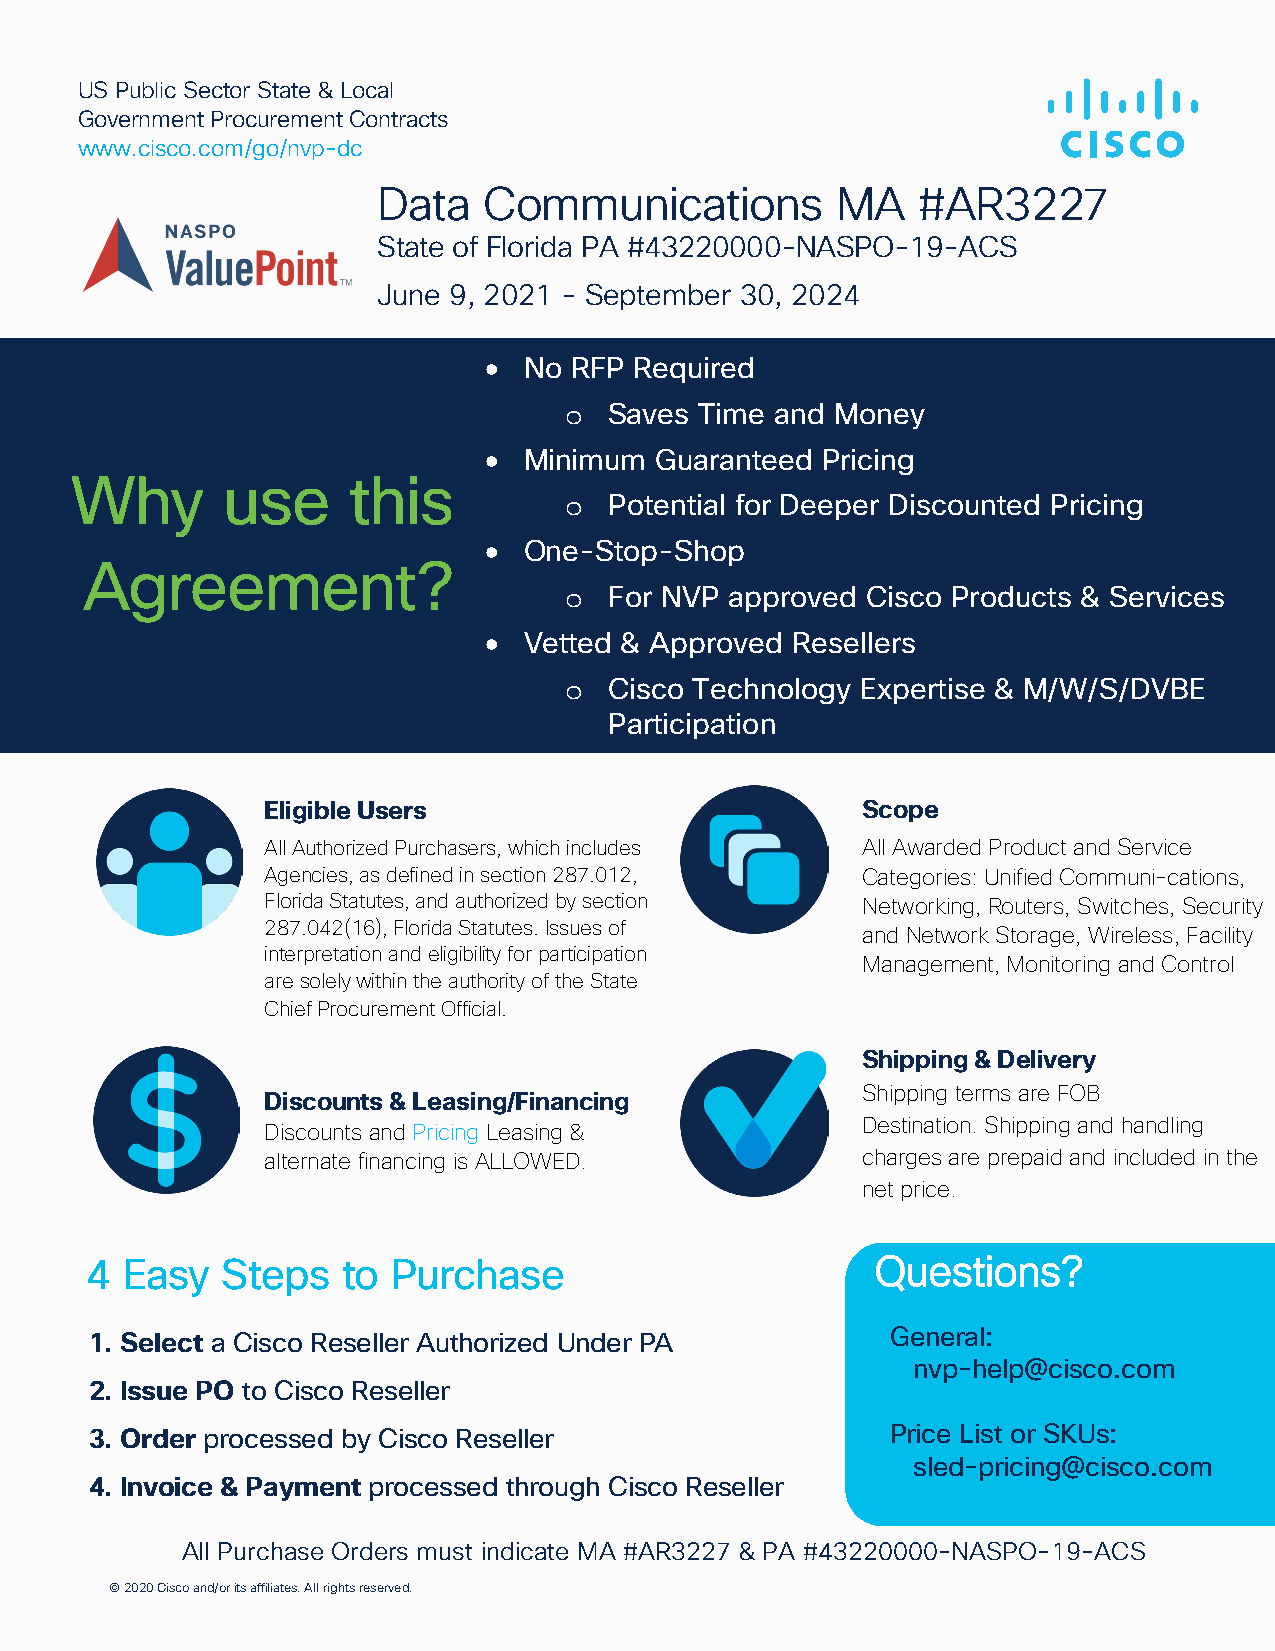
US Public Sector State & Local
 Government Procurement Contracts
 www.cisco.com/go/nvp-dc
 Data   Communications          MA   #AR3227
 State of Florida PA #43220000-NASPO-19-ACS
 June 9, 2021 - September 30, 2024
 •  No RFP Required
 o  Saves Time and Money
 •  Minimum Guaranteed Pricing
 Why       use     this
 o  Potential for Deeper Discounted Pricing
 •  One-Stop-Shop
 Agreement?
 o  For NVP approved Cisco Products & Services
 •  Vetted & Approved Resellers
 o  Cisco Technology Expertise & M/W/S/DVBE
 Participation
 Eligible Users                         Scope
 All Authorized Purchasers, which includes All Awarded Product and Service
 Agencies, as defined in section 287.012, Categories: Unified Communi-cations,
 Florida Statutes, and authorized by section Networking, Routers, Switches, Security
 287.042(16), Florida Statutes. Issues of
 and Network Storage, Wireless, Facility
 interpretation and eligibility for participation
 Management, Monitoring and Control
 are solely within the authority of the State
 Chief Procurement Official.
 Shipping & Delivery
 Shipping terms are FOB
 Discounts & Leasing/Financing
 Destination. Shipping and handling
 Discounts and Pricing Leasing &
 alternate financing is ALLOWED.        charges are prepaid and included in the
 net price.
 4 Easy   Steps   to Purchase                        Questions?
 1. Select a Cisco Reseller Authorized Under PA       General:
 nvp-help@cisco.com
 2. Issue PO to Cisco Reseller
 3. Order processed by Cisco Reseller                 Price List or SKUs:
 sled-pricing@cisco.com
 4. Invoice & Payment processed through Cisco Reseller
 All Purchase Orders must indicate MA #AR3227 & PA #43220000-NASPO-19-ACS
 © 2020 Cisco and/or its affiliates. All rights reserved.